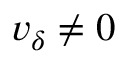
v _ { \delta } \not = 0